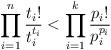
LaTeX: \begin{align*}\prod_{i = 1}^n\frac{t_i!}{t_i^{t_i}}< \prod_{i = 1}^k\frac{p_i!}{p_i^{p_i}} \end{align*}